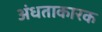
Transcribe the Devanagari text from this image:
अंधताकारक